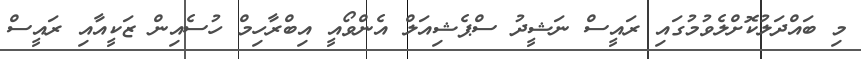
މި ބައްދަލުކޮށްލެވުމުގައި ރައީސް ނަޝީދު ސްޕެޝިއަލް އެންވޯއީ އިބްރާހިމް ހުސެއިން ޒަކީއާއި ރައީސް